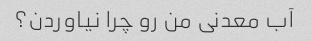
آب معدنی من رو چرا نیاوردن؟